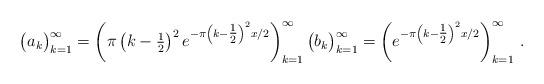
LaTeX: \begin{align*}\big(a_k\big)_{k = 1}^\infty = \left(\pi \left(k-\tfrac{1}{2}\right)^2 e^{-\pi \left(k-\tfrac{1}{2}\right)^2 x/2} \right)_{k = 1}^\infty \big(b_k\big)_{k = 1}^\infty = \left(e^{-\pi \left(k-\tfrac{1}{2}\right)^2 x/2} \right)_{k = 1}^\infty \, .\end{align*}